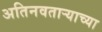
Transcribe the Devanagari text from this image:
अतिनवताऱ्याच्या